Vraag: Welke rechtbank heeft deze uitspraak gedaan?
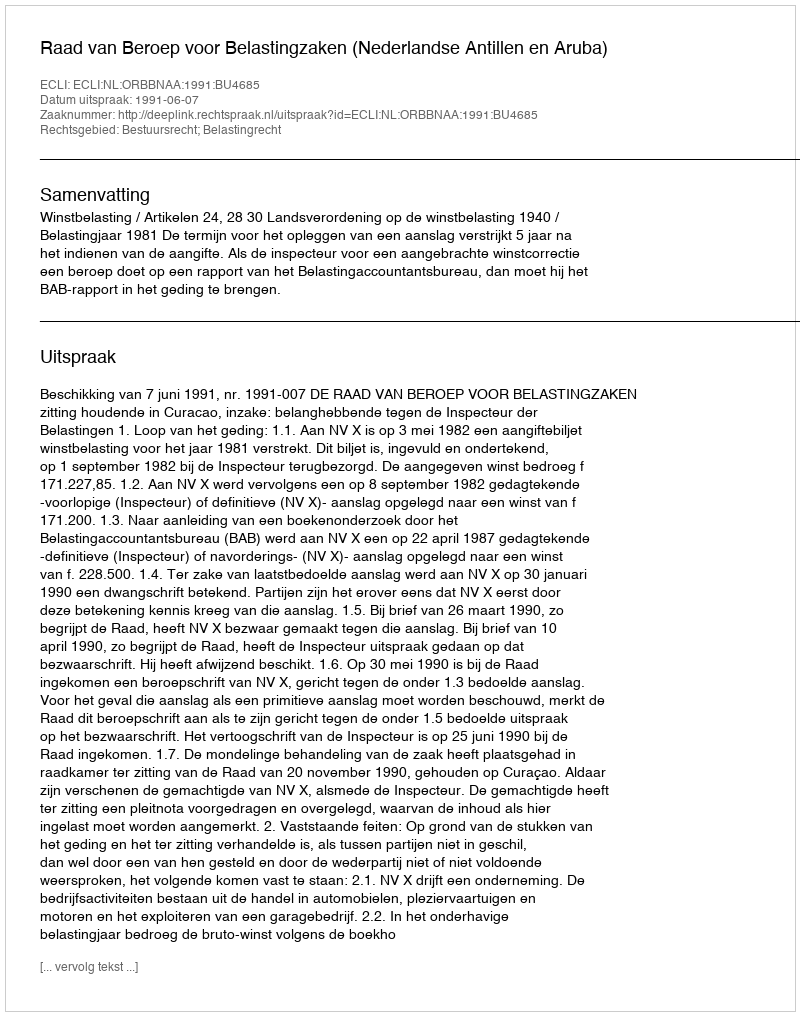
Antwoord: Raad van Beroep voor Belastingzaken (Nederlandse Antillen en Aruba)